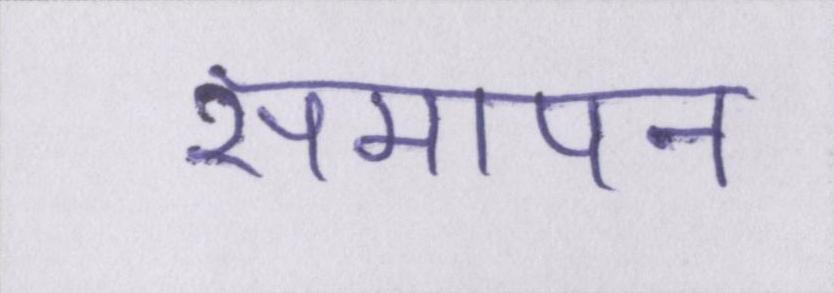
समापन